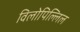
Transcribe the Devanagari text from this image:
विलोपिल्लिल